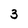
Character: 3